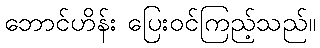
ဘောင်ဟိန်း ပြေးဝင်ကြည့်သည်။